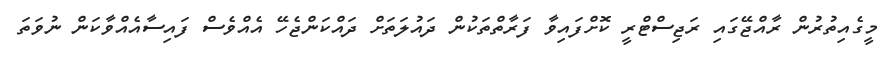
މީގެއިތުރުން ރާއްޖޭގައި ރަޖިސްޓްރީ ކޮށްފައިވާ ފަރާތްތަކުން ދައުލަތަށް ދައްކަންޖެހޭ އެއްވެސް ފައިސާއެއްވާކަން ނުވަތަ